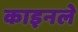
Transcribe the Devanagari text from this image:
काइनले